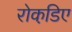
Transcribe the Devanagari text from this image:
रोकडि़ए